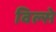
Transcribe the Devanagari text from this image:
विल्से